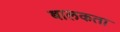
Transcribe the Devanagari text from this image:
बालकता